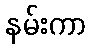
နမ်းကာ